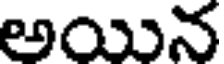
అయిన